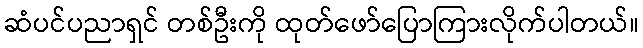
ဆံပင်ပညာရှင် တစ်ဦးကို ထုတ်ဖော်ပြောကြားလိုက်ပါတယ်။